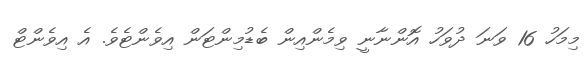
މިމަހު 16 ވަނަ ދުވަހު އޮންނާނީ ވިމެންއިން ބެޑުމިންޓަން އިވެންޓެވެ. އެ އިވެންޓް